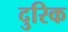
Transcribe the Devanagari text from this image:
दुरिक